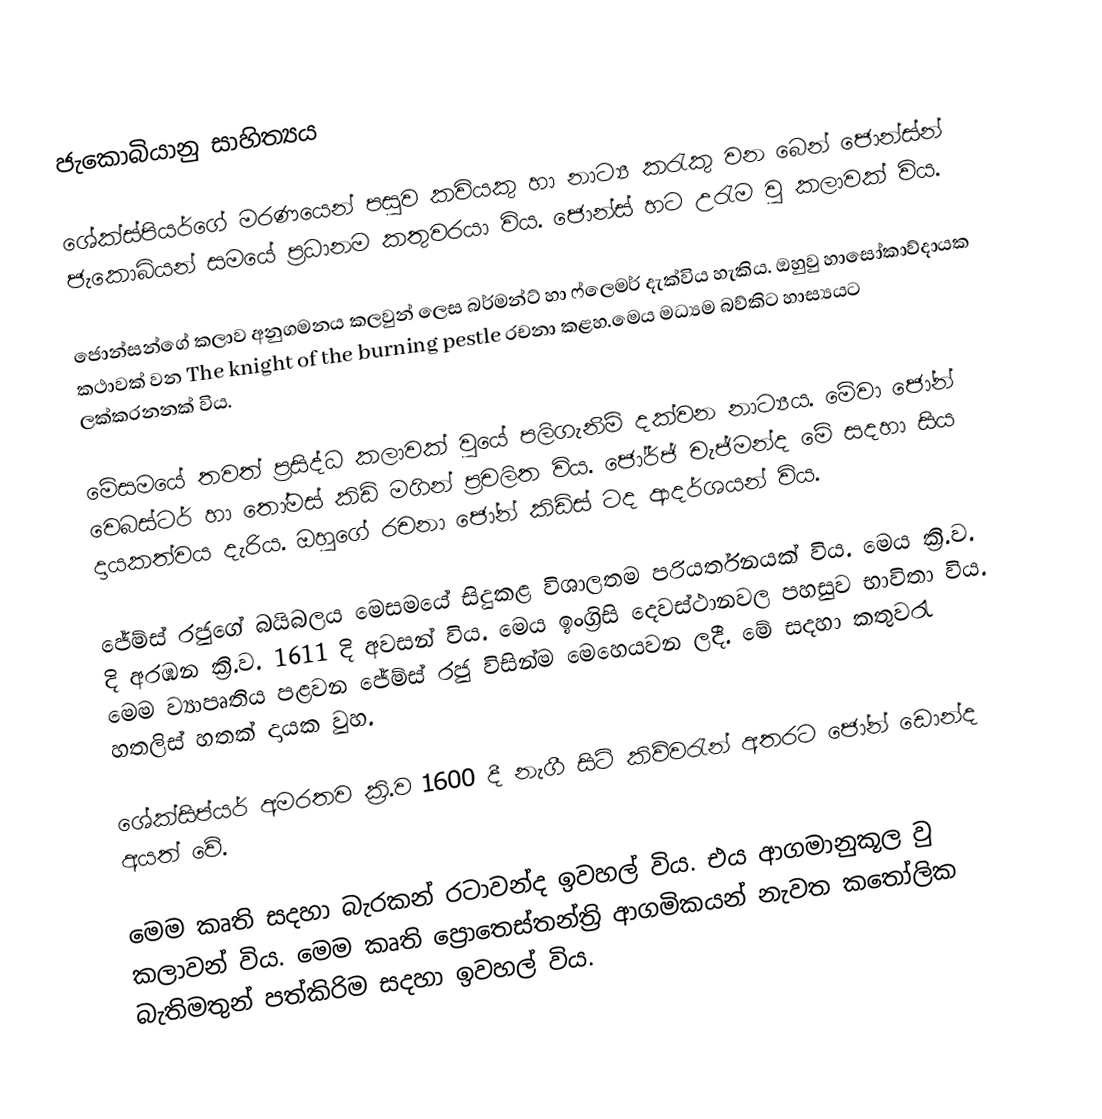
ජැකොබියානු සාහිත්‍යය

ශේක්ස්පියර්ගේ මරණයෙන් පසුව කවියකු හා නාට්‍ය කරැකු වන බෙන් ජොන්ස්න් ජැකොබියන් සමයේ ප්‍රධානම කතුවරයා විය. ජොන්ස් හට උරැම වු කලාවක් විය.

ජොන්සන්ගේ කලාව අනුගමනය කලවුන් ලෙස බර්මන්ට් හා ෆ්ලෙමර් දැක්විය හැකිය. ඔහුවු හාසෝකාව්දායක කථාවක් වන The knight of the burning pestle රචනා කළහ.මෙය මධ්‍යම බව්කිට හාස්‍යයට ලක්කරනනක් විය.

මේසමයේ තවත් ප්‍රසිද්ධ කලාවක් වුයේ පලිගැනිම් දක්වන නාට්‍යය. මේවා ජෝන් වෙබස්ටර් හා තෝමස් කිඩ් මගින් ප්‍රචලිත විය. ජෝර්ජ් චැජ්මන්ද මේ සදහා සිය දායකත්වය දැරිය. ඔහුගේ රචනා ජෝන් කිඩ්ස් ටද ආදර්ශයන් විය.

ජේම්ස් රජුගේ බයිබලය මෙසමයේ සිදුකළ විශාලතම පරියර්තනයක් විය. මෙය ක්‍රි.ව. ‍දි අරඹන ක්‍රි.ව. 1611 දි අවසන් විය. මෙය ඉංග්‍රිසි දෙවස්ථානවල පහසුව භාවිතා විය. මෙම ව්‍යාපෘතිය පළවන ජේම්ස් රජු විසින්ම මෙහෙයවන ලදී. මේ සදහා කතුවරැ හතලිස් හතක් දායක වුහ.

ශේක්සිප්යර් අමරතව ක්‍රි.ව 1600 දී නැගී සිටි කිව්වරැන් අතරට ජෝන් ඩොන්ද අයත් වේ.

මෙම කෘති සදහා බැරකන් රටාවන්ද ඉවහල් විය. එය ආගමානුකූල වු කලාවන් විය. මෙම කෘති ප්‍රොතෙස්තන්ත්‍රි ආගමිකයන් නැවත කතෝලික බැතිමතුන් ‍පත්කිරිම සදහා ඉවහල් විය.